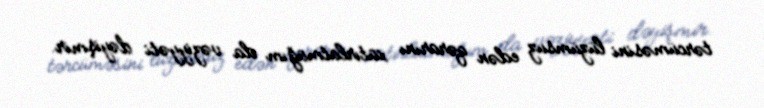
tərcüməsini lüzümsuz edən qərarını xatırlatmağım da vəziyyəti dəyişmir.